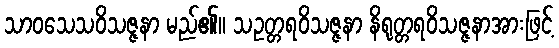
သာဝသေသဝိသဇ္ဇနာ မည်၏။ သဥတ္တရဝိသဇ္ဇနာ နိရုတ္တရဝိသဇ္ဇနာအားဖြင့်